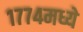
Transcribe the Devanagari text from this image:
१७७४मध्ये